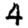
Digit: 4